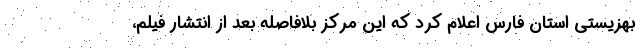
بهزیستی استان فارس اعلام کرد که این مرکز بلافاصله بعد از انتشار فیلم،